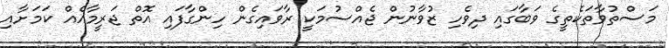
މަސްތުވާތަކެތީގެ ވަބާގައި ދިވެހި ޒުވާނުން ޖެއްސުމަކީ ރާވައިގެން ހިންގާފައި އޮތް ޖަރީމާއެއް ކަމަށާއި